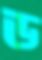
ড